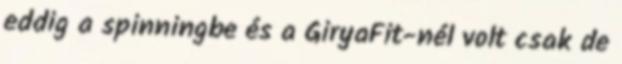
eddig a spinningbe és a GiryaFit-nél volt csak de